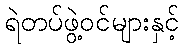
ရဲတပ်ဖွဲ့ဝင်များနှင့်